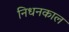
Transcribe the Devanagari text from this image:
निधनकाल